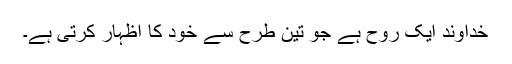
خُداوند ایک روح ہے جو تین طرح سے خود کا اِظہار کرتی ہے۔